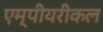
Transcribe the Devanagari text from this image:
एम्पीयरीकल